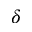
\delta